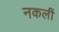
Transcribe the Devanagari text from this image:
नकलीं